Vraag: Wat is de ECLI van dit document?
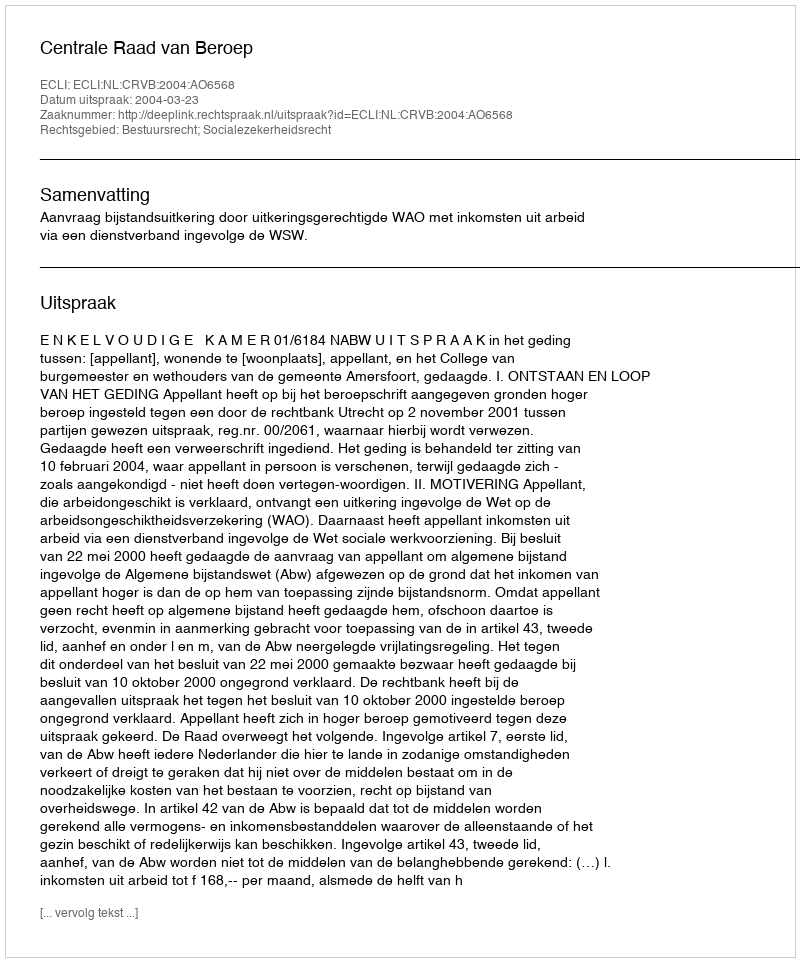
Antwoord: ECLI:NL:CRVB:2004:AO6568